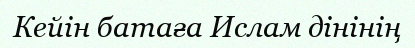
Кейін батаға Ислам дінінің